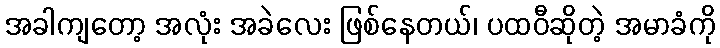
အခါကျတော့ အလုံး အခဲလေး ဖြစ်နေတယ်၊ ပထဝီဆိုတဲ့ အမာခံကို